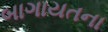
બાગાયતના